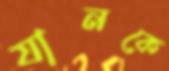
যানকে